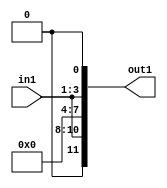
`timescale 1ps / 1ps

// Generated by Cadence Genus(TM) Synthesis Solution 17.11-s014_1
// Generated on: May  4 2021 17:08:40 CST (May  4 2021 09:08:40 UTC)

module DC_Filter_Mul_12U_2_4(in1, out1);
  input [2:0] in1;
  output [11:0] out1;
  wire [2:0] in1;
  wire [11:0] out1;
  assign out1[0] = 1'b0;
  assign out1[1] = in1[0];
  assign out1[2] = in1[1];
  assign out1[3] = in1[2];
  assign out1[4] = 1'b0;
  assign out1[5] = 1'b0;
  assign out1[6] = 1'b0;
  assign out1[7] = 1'b0;
  assign out1[8] = in1[0];
  assign out1[9] = in1[1];
  assign out1[10] = in1[2];
  assign out1[11] = 1'b0;
endmodule